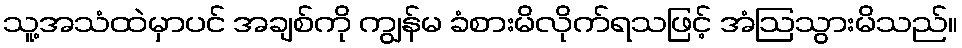
သူ့အသံထဲမှာပင် အချစ်ကို ကျွန်မ ခံစားမိလိုက်ရသဖြင့် အံဩသွားမိသည်။